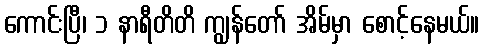
ကောင်းပြီ၊ ၁ နာရီတိတိ ကျွန်တော် အိမ်မှာ စောင့်နေမယ်။